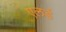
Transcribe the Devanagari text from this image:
एलर्ड